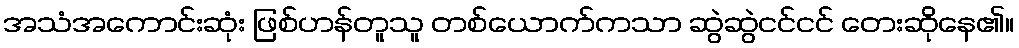
အသံအကောင်းဆုံး ဖြစ်ဟန်တူသူ တစ်ယောက်ကသာ ဆွဲဆွဲငင်ငင် တေးဆိုနေ၏။